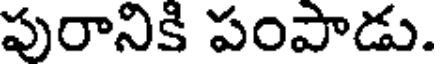
పురానికి పంపాడు.